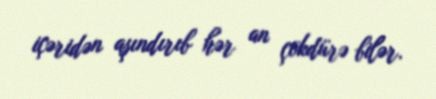
içəridən aşındırıb hər an çökdürə bilər.